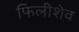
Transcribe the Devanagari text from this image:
फिलीशेव